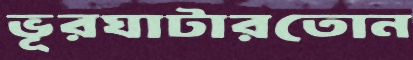
ভূরঘাটারতোন